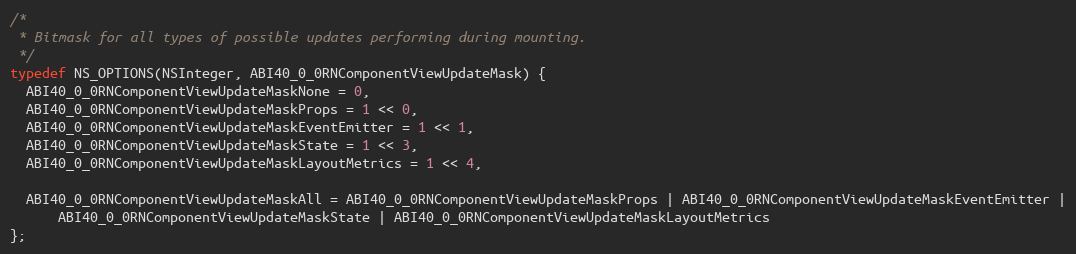
Language: C
/*
 * Bitmask for all types of possible updates performing during mounting.
 */
typedef NS_OPTIONS(NSInteger, ABI40_0_0RNComponentViewUpdateMask) {
  ABI40_0_0RNComponentViewUpdateMaskNone = 0,
  ABI40_0_0RNComponentViewUpdateMaskProps = 1 << 0,
  ABI40_0_0RNComponentViewUpdateMaskEventEmitter = 1 << 1,
  ABI40_0_0RNComponentViewUpdateMaskState = 1 << 3,
  ABI40_0_0RNComponentViewUpdateMaskLayoutMetrics = 1 << 4,

  ABI40_0_0RNComponentViewUpdateMaskAll = ABI40_0_0RNComponentViewUpdateMaskProps | ABI40_0_0RNComponentViewUpdateMaskEventEmitter |
      ABI40_0_0RNComponentViewUpdateMaskState | ABI40_0_0RNComponentViewUpdateMaskLayoutMetrics
};